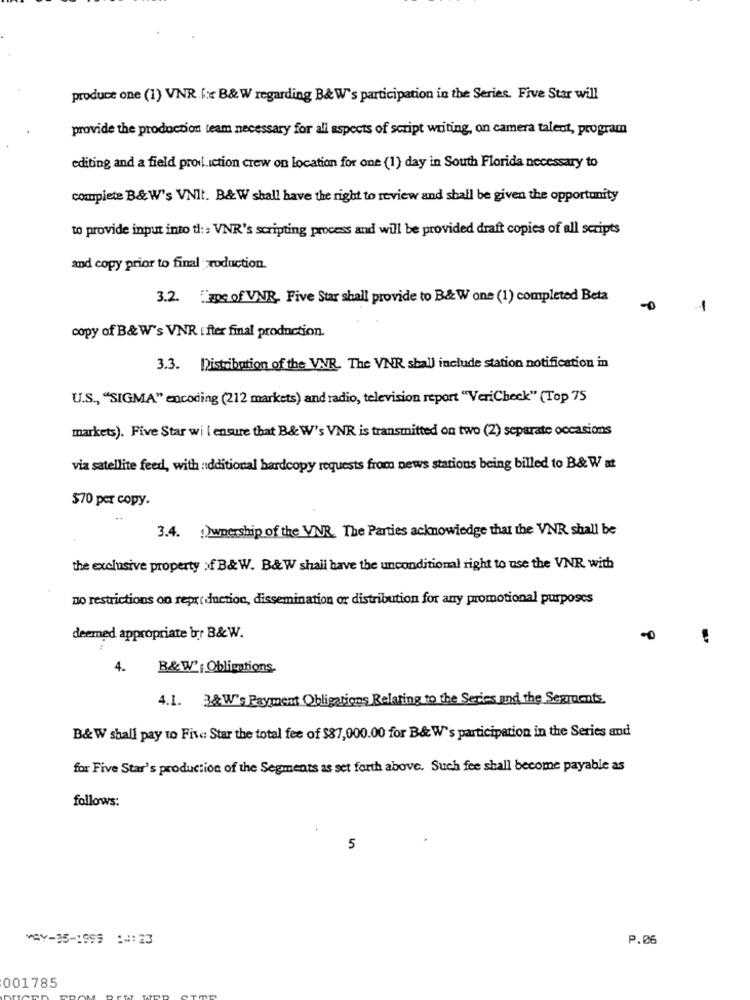
produce one (1) VNR.F.x B& W regarding B& W's participation in the Series. Five Star will
provide the production team necessary for all aspects of script writing, on camera talent, program
editing and a field proil.iction crew on Location for one (1) day in South Florida necessary to
complete B&W's VNIt. B&W shall have the right to review and shall be given the opportunity
to provide input into th: VNR's scripting process and will be provided draft copies of all scripts
and copy prior to final roduction.
3.2. ""De of VNR. Five Star shall provide to B& W one (1) completed Beta
-0
-
copy of B& W's VNR Efter final production.
3.3. Distribution of the VNR. The VNR shall include station notification in
U.S ., "SIGMA" encoding (212 markets) and radio, television report "VeriCheck" (Top 75
markets). Five Star wi l ensure that B&W's VNR is transmitted on two (2) separate occasions
via satellite feed, with additional hardcopy requests from news stations being billed to B& W at
$70 per copy.
3.4. 1)wpership of the VNR. The Parties acknowledge that the VNR shall be
the exclusive property of B& W. B&W shall have the unconditional right to use the VNR with
no restrictions on reproduction, dissemination or distribution for any promotional purposes
deemed appropriate brr B&W.
4.
B&W'; Obligations.
4.1. 3&W's Payment Obligations Relating to the Series and the Segguents.
B&W shall pay to Five Star the total fee of $87,000.00 for B& W's participation in the Series and
for Five Star's production of the Segments as set forth above. Such fee shall become payable as
follows:
5
VSY-05-1999 :4:23
P.06
001785